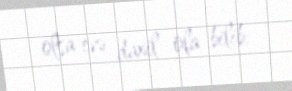
olsa evə daxil ola bilib.